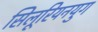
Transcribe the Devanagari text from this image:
सिलूरियनयुग